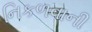
નિકળવાની